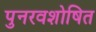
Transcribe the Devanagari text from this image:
पुनरवशोषित